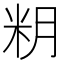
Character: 𱸶